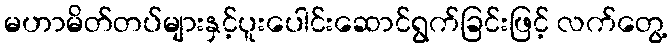
မဟာမိတ်တပ်များနှင့်ပူးပေါင်းဆောင်ရွက်ခြင်းဖြင့် လက်တွေ့